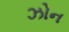
ઝોન